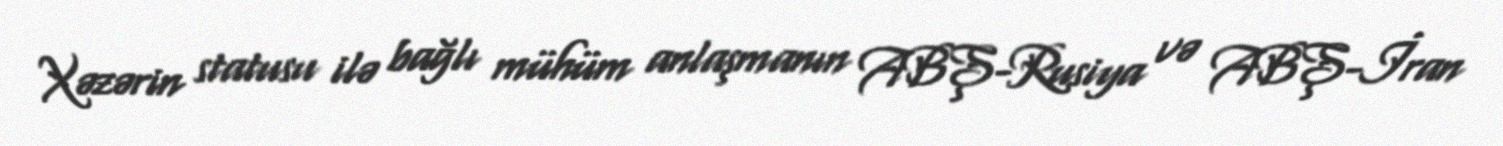
Xəzərin statusu ilə bağlı mühüm anlaşmanın ABŞ-Rusiya və ABŞ-İran